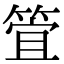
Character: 𮅞